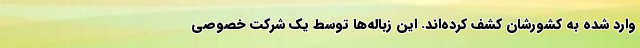
وارد شده به کشورشان کشف کرده‌اند. این زباله‌ها توسط یک شرکت خصوصی